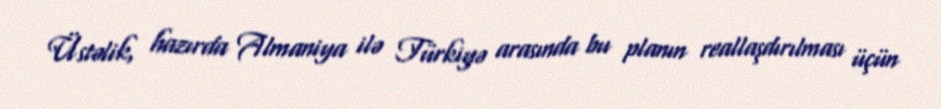
Üstəlik, hazırda Almaniya ilə Türkiyə arasında bu planın reallaşdırılması üçün